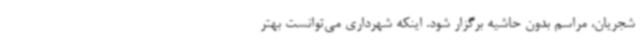
شجریان، مراسم بدون حاشیه برگزار شود. اینکه شهرداری می‌توانست بهتر